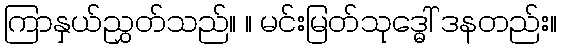
ကြာနှယ်ညွှတ်သည်။ ။ မင်းမြတ်သုဒ္ဓေါ် ဒနတည်း။